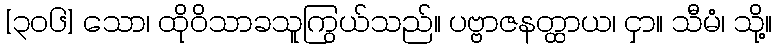
[၃၀၆] သော၊ ထိုဝိသာခသူကြွယ်သည်။ ပဗ္ဗာဇနတ္ထာယ၊ ငှာ။ သီမံ၊ သို့။